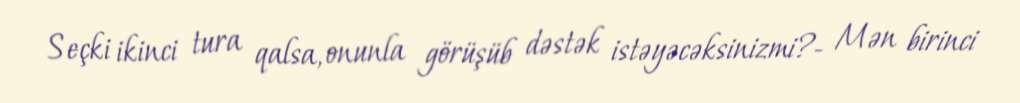
Seçki ikinci tura qalsa, onunla görüşüb dəstək istəyəcəksinizmi?- Mən birinci